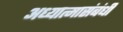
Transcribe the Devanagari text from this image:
अध्यात्मासंबंधी